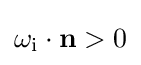
\omega _{\text{i}}\cdot \mathbf {n} >0